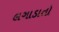
લગાડાતો